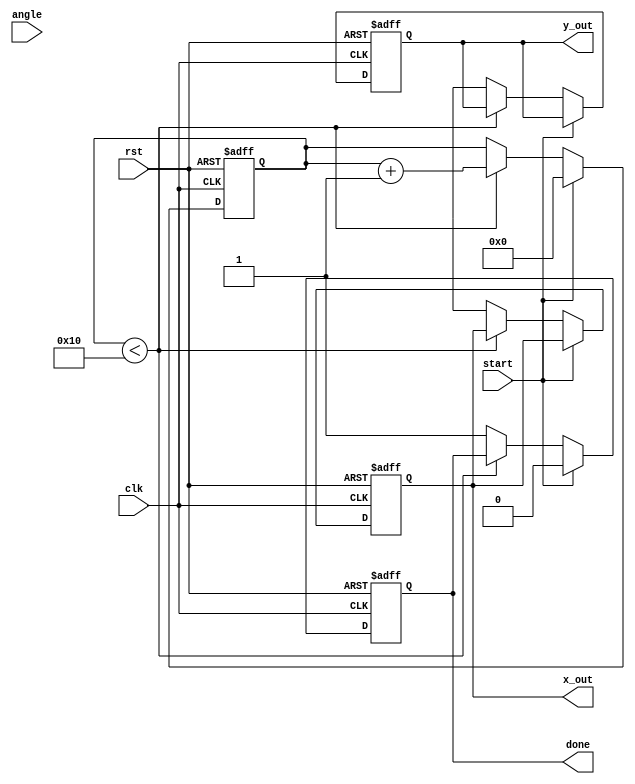
module cordic (
    input wire clk,
    input wire rst,
    input wire start,
    input wire [15:0] angle, // Input angle in fixed-point format
    output reg [15:0] x_out,  // Output x (cosine)
    output reg [15:0] y_out,  // Output y (sine)
    output reg done           // Done signal
);

    parameter N = 16; // Number of iterations
    parameter K = 16'h26DD; // Scaling factor (K = 1/sqrt(1 + 2^-2) * 1/sqrt(1 + 2^-4) * ...)

    reg [15:0] x [0:N-1]; // x coordinates
    reg [15:0] y [0:N-1]; // y coordinates
    reg [15:0] angle_table [0:N-1]; // Angle lookup table
    reg [15:0] current_angle; // Current accumulated angle
    reg [3:0] iteration; // Iteration counter
    reg direction; // Rotation direction (0: clockwise, 1: counterclockwise)
    reg [15:0] x_temp, y_temp; // Temporary variables for calculations

    // Initialize angle lookup table
    initial begin
        angle_table[0] = 16'h2000; // atan(2^0)
        angle_table[1] = 16'h1000; // atan(2^-1)
        angle_table[2] = 16'h0800; // atan(2^-2)
        angle_table[3] = 16'h0400; // atan(2^-3)
        angle_table[4] = 16'h0200; // atan(2^-4)
        angle_table[5] = 16'h0100; // atan(2^-5)
        angle_table[6] = 16'h0080; // atan(2^-6)
        angle_table[7] = 16'h0040; // atan(2^-7)
        angle_table[8] = 16'h0020; // atan(2^-8)
        angle_table[9] = 16'h0010; // atan(2^-9)
        angle_table[10] = 16'h0008; // atan(2^-10)
        angle_table[11] = 16'h0004; // atan(2^-11)
        angle_table[12] = 16'h0002; // atan(2^-12)
        angle_table[13] = 16'h0001; // atan(2^-13)
        angle_table[14] = 16'h0000; // atan(2^-14)
        angle_table[15] = 16'h0000; // atan(2^-15)
    end

    // State machine for CORDIC operation
    always @(posedge clk or posedge rst) begin
        if (rst) begin
            x_out <= 16'h0000;
            y_out <= 16'h0000;
            done <= 0;
            iteration <= 0;
            current_angle <= 0;
            x[0] <= K; // Initial x = K
            y[0] <= 0; // Initial y = 0
        end else if (start) begin
            // Start CORDIC computation
            iteration <= 0;
            current_angle <= angle;
            x[0] <= K; // Initial x = K
            y[0] <= 0; // Initial y = 0;
            done <= 0;
        end else if (iteration < N) begin
            // Determine direction
            if (current_angle < 0) begin
                direction <= 1; // Counterclockwise
                current_angle <= current_angle + angle_table[iteration];
            end else begin
                direction <= 0; // Clockwise
                current_angle <= current_angle - angle_table[iteration];
            end

            // Perform rotation
            x_temp = x[iteration] - (direction ? (y[iteration] >> iteration) : (y[iteration] << iteration));
            y_temp = y[iteration] + (direction ? (x[iteration] >> iteration) : (x[iteration] << iteration));

            // Update x and y for next iteration
            x[iteration + 1] <= x_temp;
            y[iteration + 1] <= y_temp;

            // Increment iteration
            iteration <= iteration + 1;
        end else begin
            // CORDIC computation done
            x_out <= x[N];
            y_out <= y[N];
            done <= 1;
        end
    end

endmodule